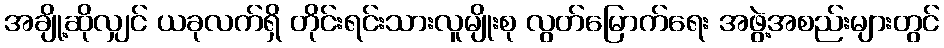
အချို့ဆိုလျှင် ယခုလက်ရှိ တိုင်းရင်းသားလူမျိုးစု လွတ်မြောက်ရေး အဖွဲ့အစည်းများတွင်